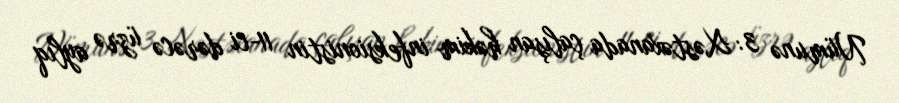
Nümunə 3: Xəstəxanada çalışan həkim infeksionistin 11-ci dərəcə üzrə aylıq